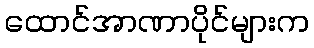
ထောင်အာဏာပိုင်များက